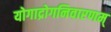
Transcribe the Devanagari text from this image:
योगाद्रोगनिवारणम्